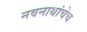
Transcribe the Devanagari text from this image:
नवनाथांचेच